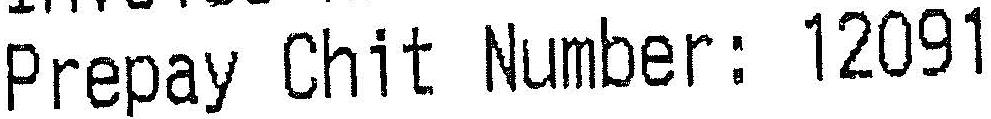
PREPAY CHIT NUMBER: 12091